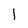
Character: 1